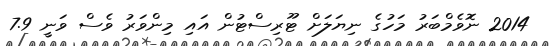
2014 ނޮވެމްބަރު މަހުގެ ނިޔަލަށް ޓޫރިސްޓުން އައި މިންވަރު ވެސް ވަނީ 7.9